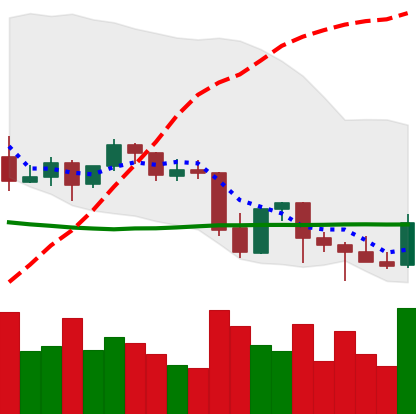
Ticker: BNB-USD
Chart end date: 2021-09-29
Forward return: 15.696%
Label: up_7plus